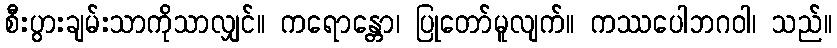
စီးပွားချမ်းသာကိုသာလျှင်။ ကရောန္တော၊ ပြုတော်မူလျက်။ ကဿပေါဘဂဝါ၊ သည်။